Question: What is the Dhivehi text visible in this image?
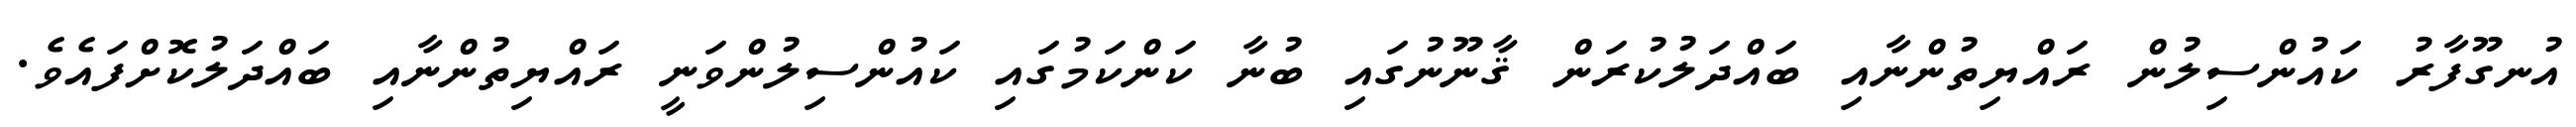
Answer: އުނގޫފާރު ކައުންސިލުން ރައްޔިތުންނާއި ބައްދަލުކުރަން ޤާނޫނުގައި ބުނާ ކަންކަމުގައި ކައުންސިލުންވަނީ ރައްޔިތުންނާއި ބައްދަލުކޮށްފައެވެ.